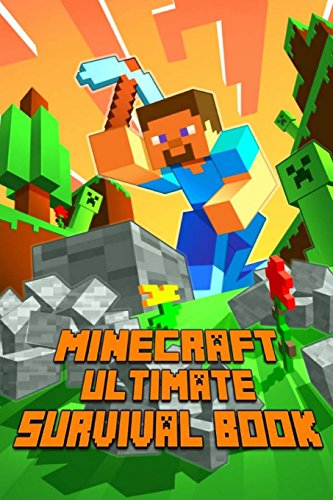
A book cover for Ultimate Survival Book Minecraft: All-In-One Minecraft Survival Guide. Unbelievable Survival Secrets, Guides, Tips and Tricks.; Minecraft Books; Humor & Entertainment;